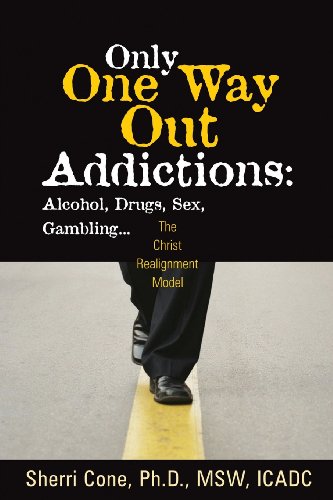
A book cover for Only One Way Out Addictions: Alcohol, Drugs, Sex, Gambling...; Sherri Cone; Health, Fitness & Dieting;